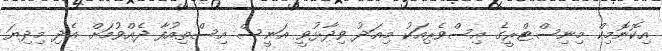
އިކޮނޮމިކް މިނިސްޓްރީގެ އިސްވެރިއަކު މިއަދު ވިދާޅުވީ އަނީސް އިސްތިއުފާ ދެއްވުމަށް އެދި މިދިޔަ